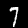
Digit: 7